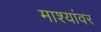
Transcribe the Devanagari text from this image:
माश्यांवर